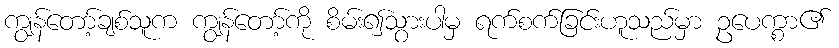
ကျွန်တော့်ချစ်သူက ကျွန်တော့်ကို စိမ်း၍သွားပါမှ ရက်စက်ခြင်းဟူသည်မှာ ဥပေက္စာ၏